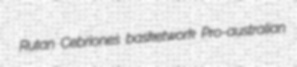
Rutan Cebriones basketwork Pro-australian